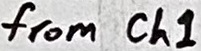
Text: from Ch1